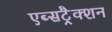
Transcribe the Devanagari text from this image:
एब्सट्रैक्शन